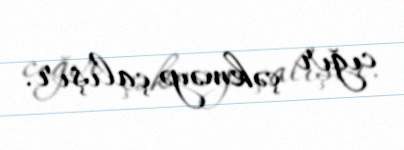
cığır çəkməyə çalışır.